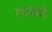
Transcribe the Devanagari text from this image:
गायकांशी